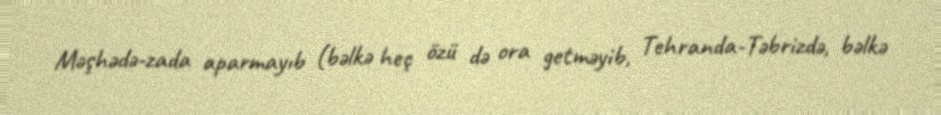
Məşhədə-zada aparmayıb (bəlkə heç özü də ora getməyib, Tehranda-Təbrizdə, bəlkə